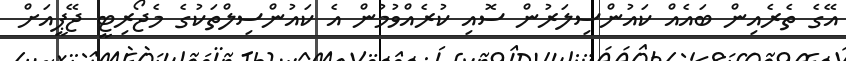
އޭގެ ތެރެއިން ބައެއް ކައުންސިލަރުން ސޮއި ކުރެއްވުމުން އެ ކައުންސިލްތަކުގެ މެޖޯރިޓީ ޖޭޕީއަށް